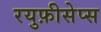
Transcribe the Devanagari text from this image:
रयुफ़ीसेप्स